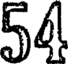
54